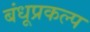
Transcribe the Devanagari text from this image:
बंधूप्रकल्प